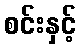
စင်းနှင့်